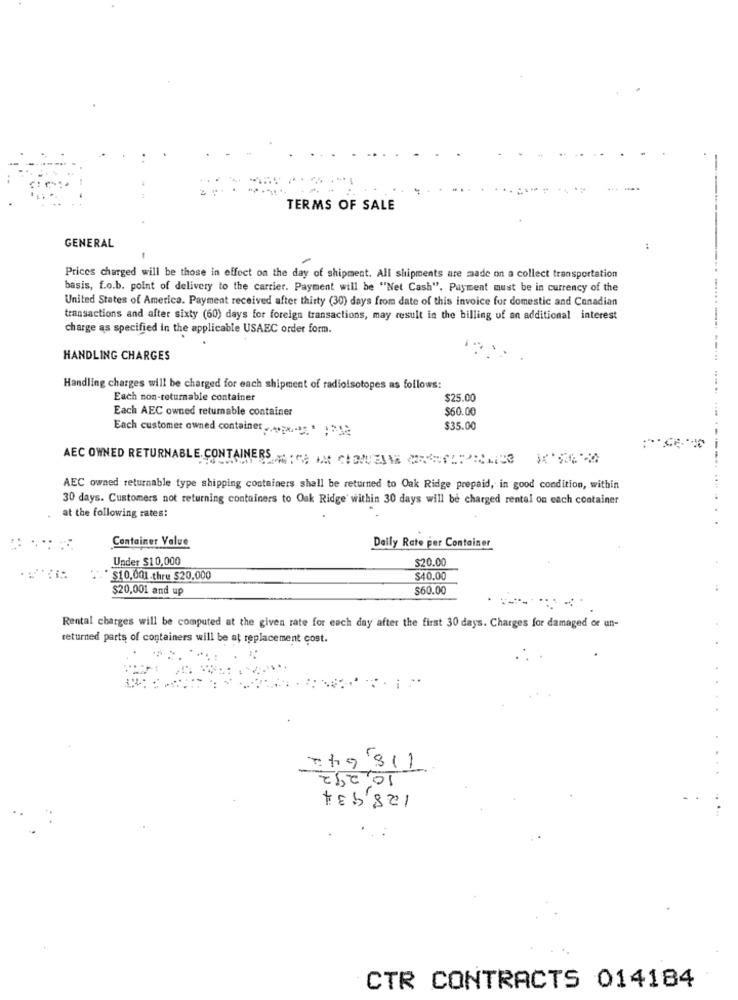
TERMS OF SALE
GENERAL
Prices charged will be those in effect on the day of shipment. All shipments are made on a collect transportation
basis, f.o.b. point of delivery to the carrier. Payment will be "Net Cash". Payment must be in currency of the
United States of America. Payment received after thirty (30) days from date of this invoice for domestic and Canadian
transactions and after sixty (60) days for foreign transactions, may result in the billing of an additional interest
charge as specified in the applicable USAEC order form.
HANDLING CHARGES
Handling charges will be charged for each shipment of radioisotopes as follows:
Each non-returnable container
$25.00
Each AEC owned retumable container
$60.00
$35.00
Each customer owned container ......... ' 1212
AEC OWNED RETURNABLE. CONTAINERS CO ACHENEN CIRCLE K
---
AEC owned returnable type shipping containers shall be returned to Oak Ridge prepaid, in good condition, within
30 days. Customers not returning containers to Oak Ridge within 30 days will be charged rental on each container
at the following rates:
Container Value
Daily Rate per Container
Under $10,000
$20.00
.* $10,001.thru $20,000
$40.00
$20,001 and up
$60.00
Rental charges will be computed at the given rate for each day after the first 30 days. Charges for damaged or un-
returned parts of containers will be at replacement cost.
10,292
tebsel
CTR CONTRACTS 014184